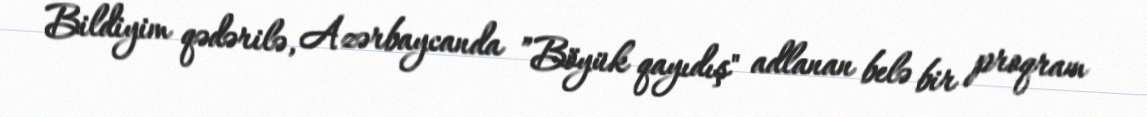
Bildiyim qədərilə, Azərbaycanda ”Böyük qayıdış" adlanan belə bir proqram